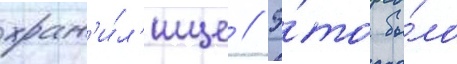
хран'и́л'ище // Э́то бы́ло